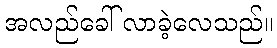
အလည်ခေါ် လာခဲ့လေသည်။